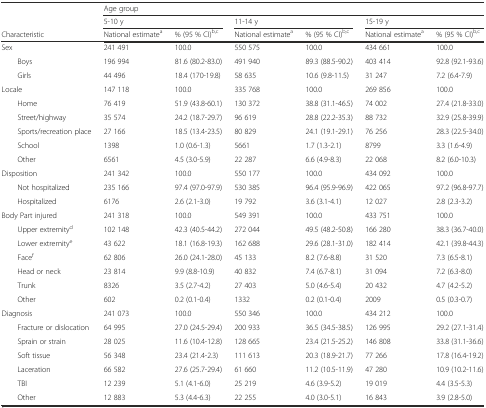
<table><thead><tr><td></td><td colspan="6"><b>Age group</b></td></tr><tr><td></td><td colspan="2"><b>5-10 y</b></td><td colspan="2"><b>11-14 y</b></td><td colspan="2"><b>15-19 y</b></td></tr><tr><td><b>Characteristic</b></td><td><b>National estimate<sup>a</sup></b></td><td><b>% (95 % CI)<sup>b,c</sup></b></td><td><b>National estimate<sup>a</sup></b></td><td><b>% (95 % CI)<sup>b,c</sup></b></td><td><b>National estimate<sup>a</sup></b></td><td><b>% (95 % CI)<sup>b,c</sup></b></td></tr></thead><tbody><tr><td>Sex</td><td>241 491</td><td>100.0</td><td>550 575</td><td>100.0</td><td>434 661</td><td>100.0</td></tr><tr><td>Boys</td><td>196 994</td><td>81.6 (80.2-83.0)</td><td>491 940</td><td>89.3 (88.5-90.2)</td><td>403 414</td><td>92.8 (92.1-93.6)</td></tr><tr><td>Girls</td><td>44 496</td><td>18.4 (170-19.8)</td><td>58 635</td><td>10.6 (9.8-11.5)</td><td>31 247</td><td>7.2 (6.4-7.9)</td></tr><tr><td>Locale</td><td>147 118</td><td>100.0</td><td>335 768</td><td>100.0</td><td>269 856</td><td>100.0</td></tr><tr><td>Home</td><td>76 419</td><td>51.9 (43.8-60.1)</td><td>130 372</td><td>38.8 (31.1-46.5)</td><td>74 002</td><td>27.4 (21.8-33.0)</td></tr><tr><td>Street/highway</td><td>35 574</td><td>24.2 (18.7-29.7)</td><td>96 619</td><td>28.8 (22.2-35.3)</td><td>88 732</td><td>32.9 (25.8-39.9)</td></tr><tr><td>Sports/recreation place</td><td>27 166</td><td>18.5 (13.4-23.5)</td><td>80 829</td><td>24.1 (19.1-29.1)</td><td>76 256</td><td>28.3 (22.5-34.0)</td></tr><tr><td>School</td><td>1398</td><td>1.0 (0.6-1.3)</td><td>5661</td><td>1.7 (1.3-2.1)</td><td>8799</td><td>3.3 (1.6-4.9)</td></tr><tr><td>Other</td><td>6561</td><td>4.5 (3.0-5.9)</td><td>22 287</td><td>6.6 (4.9-8.3)</td><td>22 068</td><td>8.2 (6.0-10.3)</td></tr><tr><td>Disposition</td><td>241 342</td><td>100.0</td><td>550 177</td><td>100.0</td><td>434 092</td><td>100.0</td></tr><tr><td>Not hospitalized</td><td>235 166</td><td>97.4 (97.0-97.9)</td><td>530 385</td><td>96.4 (95.9-96.9)</td><td>422 065</td><td>97.2 (96.8-97.7)</td></tr><tr><td>Hospitalized</td><td>6176</td><td>2.6 (2.1-3.0)</td><td>19 792</td><td>3.6 (3.1-4.1)</td><td>12 027</td><td>2.8 (2.3-3.2)</td></tr><tr><td>Body Part injured</td><td>241 318</td><td>100.0</td><td>549 391</td><td>100.0</td><td>433 751</td><td>100.0</td></tr><tr><td>Upper extremity<sup>d</sup></td><td>102 148</td><td>42.3 (40.5-44.2)</td><td>272 044</td><td>49.5 (48.2-50.8)</td><td>166 280</td><td>38.3 (36.7-40.0)</td></tr><tr><td>Lower extremity<sup>e</sup></td><td>43 622</td><td>18.1 (16.8-19.3)</td><td>162 688</td><td>29.6 (28.1-31.0)</td><td>182 414</td><td>42.1 (39.8-44.3)</td></tr><tr><td>Face<sup>f</sup></td><td>62 806</td><td>26.0 (24.1-28.0)</td><td>45 133</td><td>8.2 (7.6-8.8)</td><td>31 520</td><td>7.3 (6.5-8.1)</td></tr><tr><td>Head or neck</td><td>23 814</td><td>9.9 (8.8-10.9)</td><td>40 832</td><td>7.4 (6.7-8.1)</td><td>31 094</td><td>7.2 (6.3-8.0)</td></tr><tr><td>Trunk</td><td>8326</td><td>3.5 (2.7-4.2)</td><td>27 403</td><td>5.0 (4.6-5.4)</td><td>20 432</td><td>4.7 (4.2-5.2)</td></tr><tr><td>Other</td><td>602</td><td>0.2 (0.1-0.4)</td><td>1332</td><td>0.2 (0.1-0.4)</td><td>2009</td><td>0.5 (0.3-0.7)</td></tr><tr><td>Diagnosis</td><td>241 073</td><td>100.0</td><td>550 346</td><td>100.0</td><td>434 212</td><td>100.0</td></tr><tr><td>Fracture or dislocation</td><td>64 995</td><td>27.0 (24.5-29.4)</td><td>200 933</td><td>36.5 (34.5-38.5)</td><td>126 995</td><td>29.2 (27.1-31.4)</td></tr><tr><td>Sprain or strain</td><td>28 025</td><td>11.6 (10.4-12.8)</td><td>128 665</td><td>23.4 (21.5-25.2)</td><td>146 808</td><td>33.8 (31.1-36.6)</td></tr><tr><td>Soft tissue</td><td>56 348</td><td>23.4 (21.4-2.3)</td><td>111 613</td><td>20.3 (18.9-21.7)</td><td>77 266</td><td>17.8 (16.4-19.2)</td></tr><tr><td>Laceration</td><td>66 582</td><td>27.6 (25.7-29.4)</td><td>61 660</td><td>11.2 (10.5-11.9)</td><td>47 280</td><td>10.9 (10.2-11.6)</td></tr><tr><td>TBI</td><td>12 239</td><td>5.1 (4.1-6.0)</td><td>25 219</td><td>4.6 (3.9-5.2)</td><td>19 019</td><td>4.4 (3.5-5.3)</td></tr><tr><td>Other</td><td>12 883</td><td>5.3 (4.4-6.3)</td><td>22 255</td><td>4.0 (3.0-5.1)</td><td>16 843</td><td>3.9 (2.8-5.0)</td></tr></tbody></table>